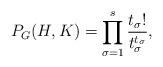
LaTeX: \begin{align*}P_G(H, K) = \prod_{\sigma = 1}^s \frac{t_\sigma!}{t_\sigma^{t_\sigma}},\end{align*}